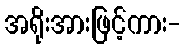
အရိုးအားဖြင့်ကား-